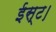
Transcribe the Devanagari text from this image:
ईस्ट।